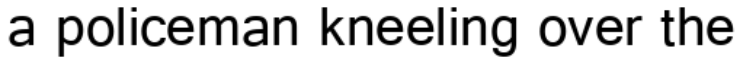
a policeman kneeling over the